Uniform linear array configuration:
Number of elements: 24
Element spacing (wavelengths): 0.25
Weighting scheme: binomial
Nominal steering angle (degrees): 60
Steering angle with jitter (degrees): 60.611
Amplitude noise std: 0.05
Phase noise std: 0.05

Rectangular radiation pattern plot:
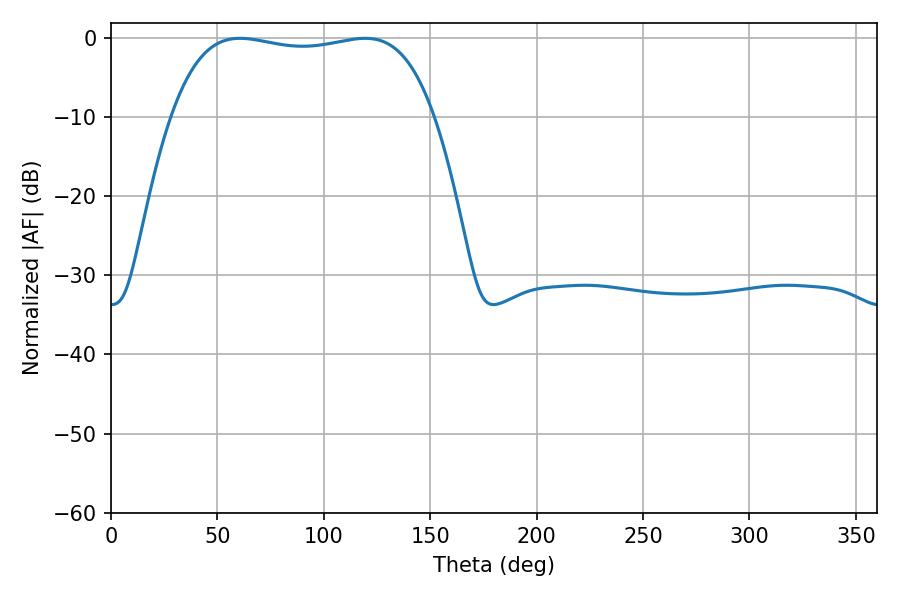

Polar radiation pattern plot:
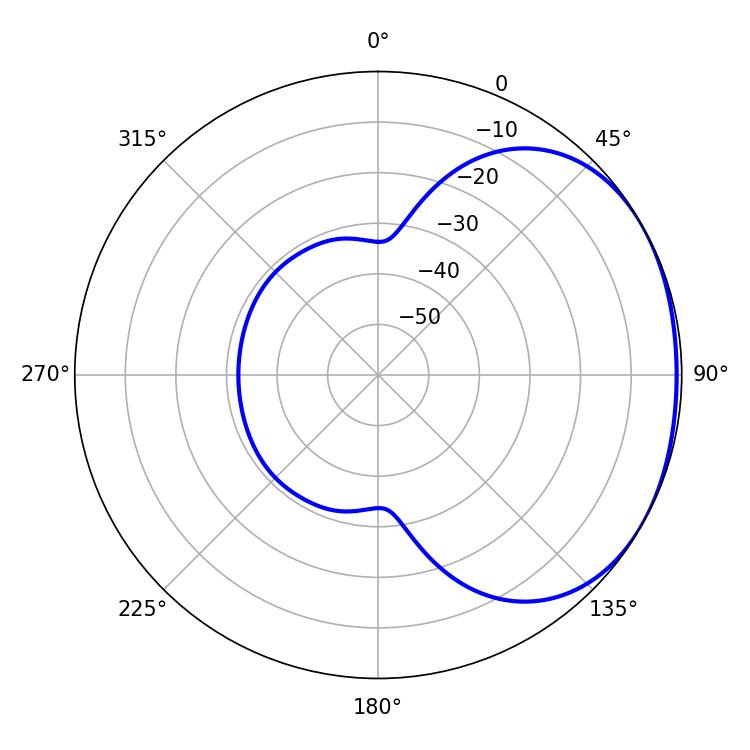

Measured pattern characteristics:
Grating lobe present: FALSE
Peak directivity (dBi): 1.558
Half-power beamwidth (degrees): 99
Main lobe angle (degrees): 60.66